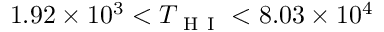
1 . 9 2 \times 1 0 ^ { 3 } < T _ { \mathrm { ~ H ~ I ~ } } < 8 . 0 3 \times 1 0 ^ { 4 }